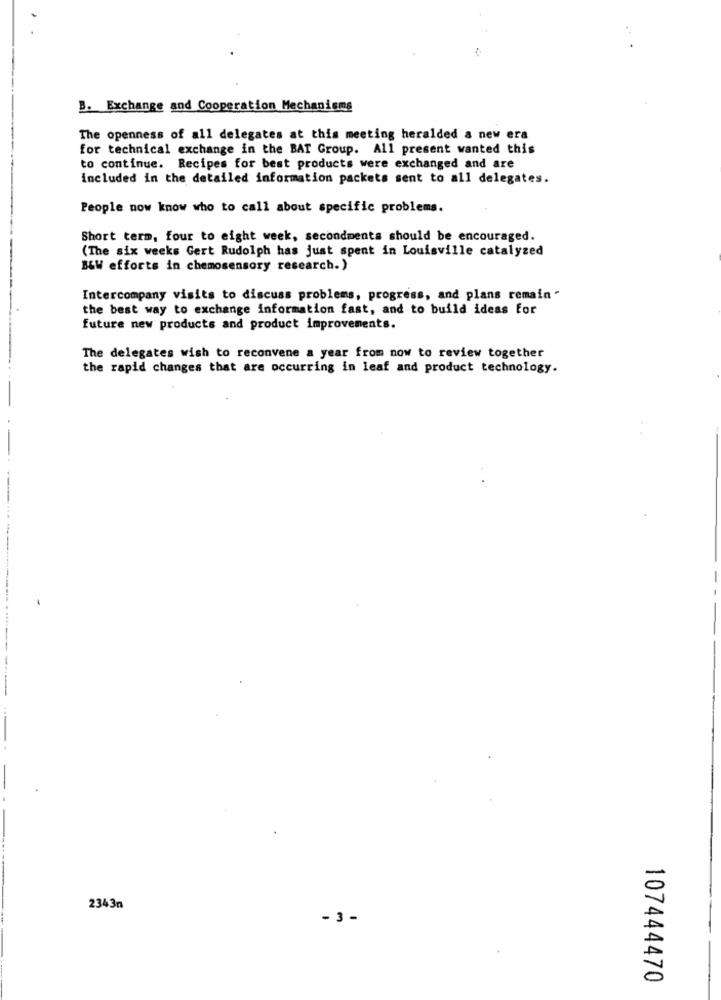
B. Exchange and Cooperation Mechanisms
The openness of all delegates at this meeting heralded a new era
for technical exchange in the BAT Group. All present wanted this
to continue. Recipes for best products were exchanged and are
included in the detailed information packets sent to all delegates.
People now know who to call about specific problems.
Short term, four to eight week, secondments should be encouraged.
(The six weeks Gert Rudolph has just spent in Louisville catalyzed
B&W efforts in chemosensory research.)
Intercompany visits to discuss problems, progress, and plans remain "
the best way to exchange information fast, and to build ideas for
future new products and product improvements.
The delegates wish to reconvene a year from now to review together
the rapid changes that are occurring in leaf and product technology.
2343n
- 3 -
107444470